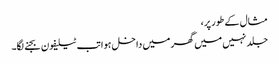
مثال کے طور پر،
جلد نہیں میں گھر میں داخل ہوا تب ٹیلیفون بجنے لگا۔